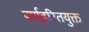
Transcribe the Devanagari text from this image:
पर्णहरितयुक्त